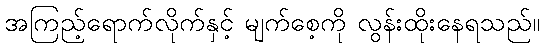
အကြည့်ရောက်လိုက်နှင့် မျက်စေ့ကို လွန်းထိုးနေရသည်။